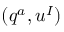
( q ^ { a } , u ^ { I } )